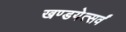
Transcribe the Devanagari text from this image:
खण्डयेत्सर्वं